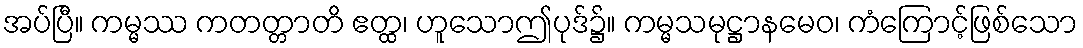
အပ်ပြီ။ ကမ္မဿ ကတတ္တာတိ ဧတ္ထ၊ ဟူသောဤပုဒ်၌။ ကမ္မသမုဋ္ဌာနမေဝ၊ ကံကြောင့်ဖြစ်သော